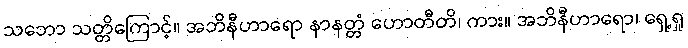
သဘော သတ္တိကြောင့်။ အဘိနီဟာရော နာနတ္တံ ဟောတီတိ၊ ကား။ အဘိနီဟာရော၊ ရှေ့ရှု